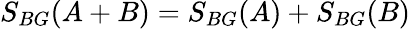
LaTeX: S_{BG}(A+B)=S_{BG}(A)+S_{BG}(B)